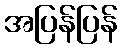
အပြန်ပြန်